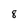
Character: 8